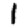
Digit: 1